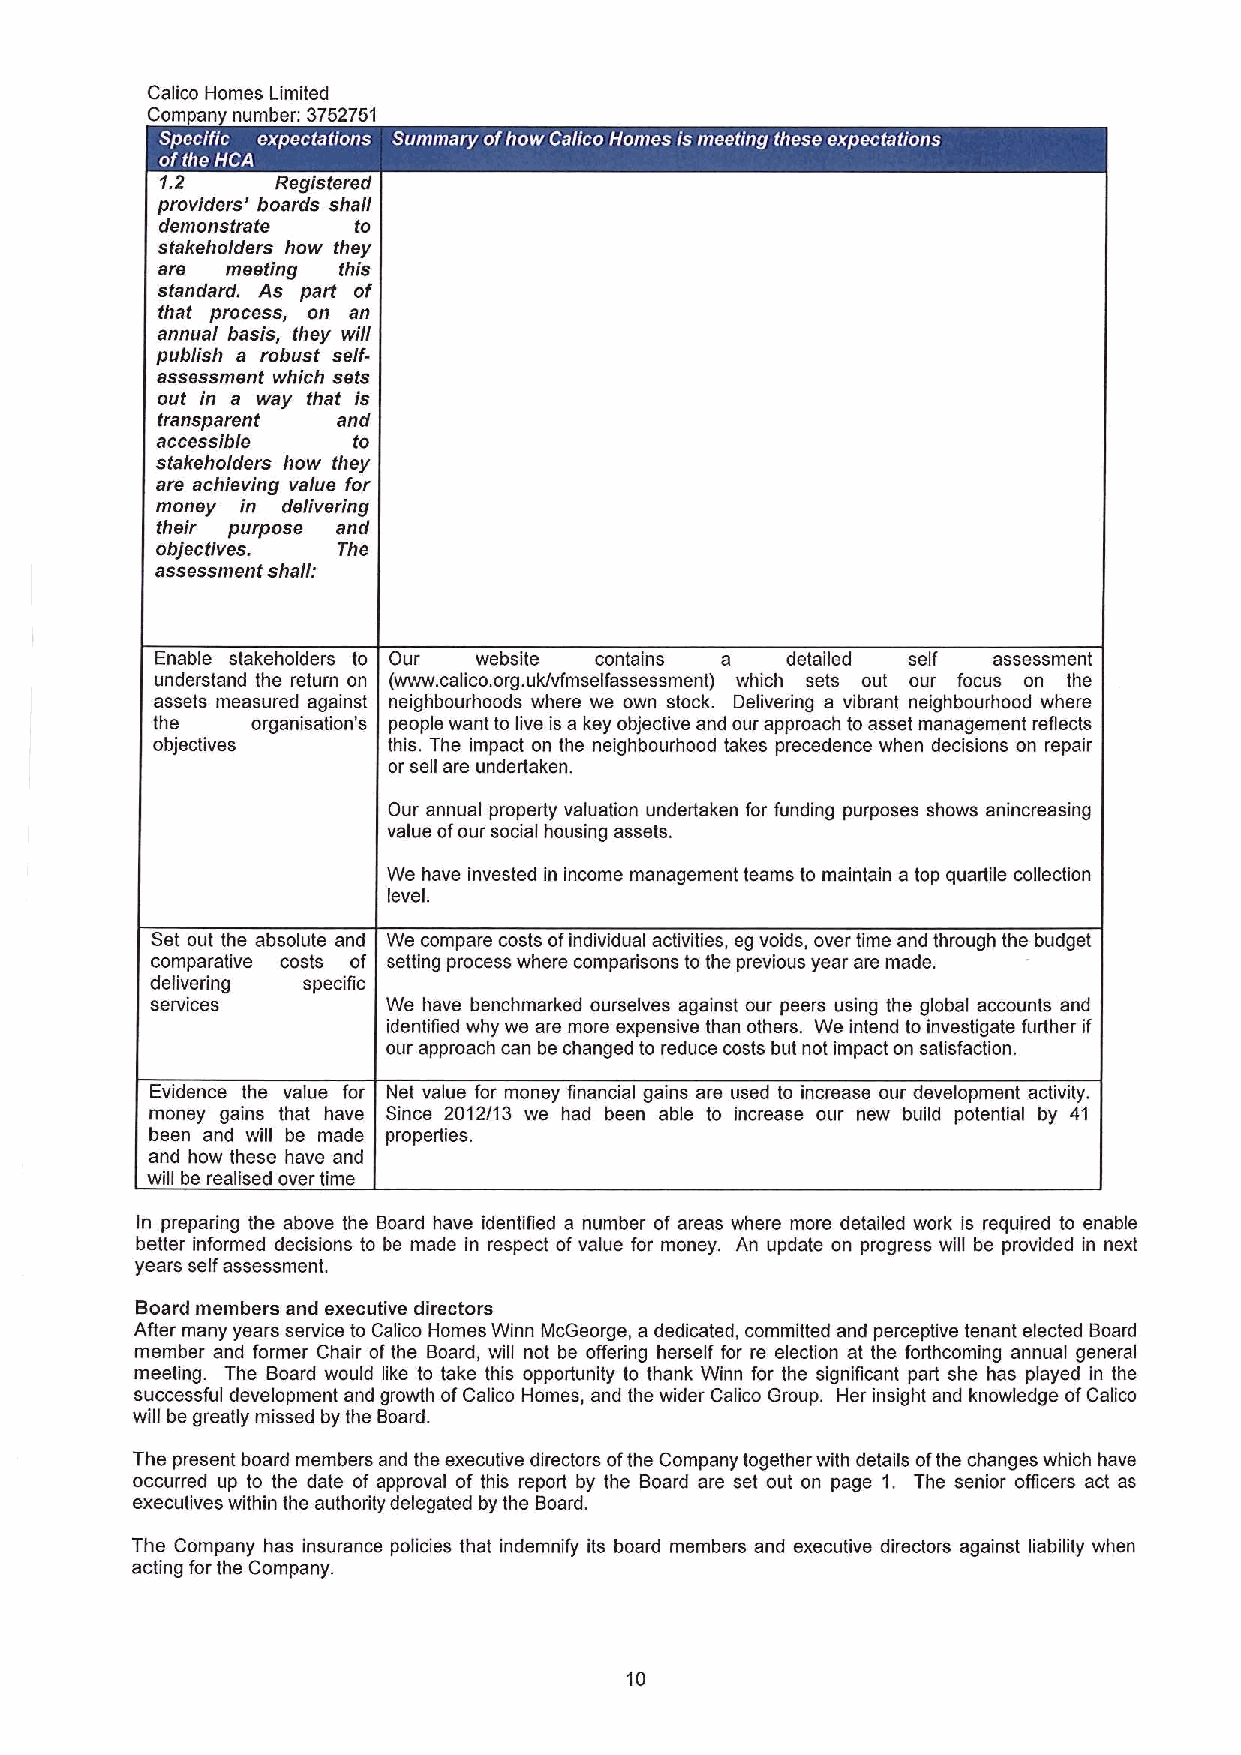
Calico Homes Limited
 Com an number: 3752751
 '
 ~   ~
 1.2    Registered
 providers' boards shall
 demonstrate to
 stakeholders how they
 are  meeting this
 standard. As part of
 that process, on an
 annual basis, they will
 publish a robust self-
 assessment which sets
 out in a way that is
 transparent and
 accessible   to
 stskeholders how they
 are achieving value for
 money in delivering
 their purpose and
 objectives. The
 assessment shall:
 Enable stakeholders to Our website contains a detailed self assessment
 understand the return on (www.calico.org.uk/vfmselfassessment) which sets out our focus on the
 assets measured against neighbourhoods where we own stock. Delivering a vibrant neighbourhood where
 the    organisation's people want to live is a key objective and our approach to asset management reflects
 objectives      this. The impact on the neighbourhood takes precedence when decisions on repair
 orsell are undertaken.
 Our annual property valuation undertaken for funding purposes shows anincreasing
 value ofour social housing assets.
 We have invested in income management teams to maintain a top quartile collection
 level.
 Set out the absolute and We compare costs ofindividual activities, eg voids, over time and through the budget
 comparative costs of setting process where comparisons to the previous year are made.
 delivering specific
 services        We have benchmarked ourselves against our peers using the global accounts and
 identified why we are more expensive than others. We intend to investigate further if
 our approach can be changed to reduce costs but not impact on satisfaction.
 Evidence the value for Net value for money financial gains are used to increase our development activity.
 money gains that have Since 2012/13 we had been able to increase our new build potential by 41
 been and will be made properties.
 and how these have and
 will be realised over time
 In preparing the above the Board have identified a number of areas where more detailed work is required to enable
 better informed decisions to be made in respect ofvalue for money. An update on progress will be provided in next
 years self assessment.
 Board members and executive directors
 After many years service to Calico Homes Winn McGeorge, a dedicated, committed and perceptive tenant elected Board
 member and former Chair ofthe Board, will not be offering herself for re election at the forthcoming annual general
 meeting. The Board would like to take this opportunity to thank Winn for the significant part she has played in the
 successful development and growth ofCalico Homes, and the wider Calico Group. Her insight and knowledge ofCalico
 will be greatly missed by the Board.
 The present board members and the executive directors ofthe Company together with details ofthe changes which have
 occurred up to the date of approval of this report by the Board are set out on page 1. The senior officers act as
 executives within the authority delegated by the Board.
 The Company has insurance policies that indemnify its board members and executive directors against liability when
 acting for the Company.
 10